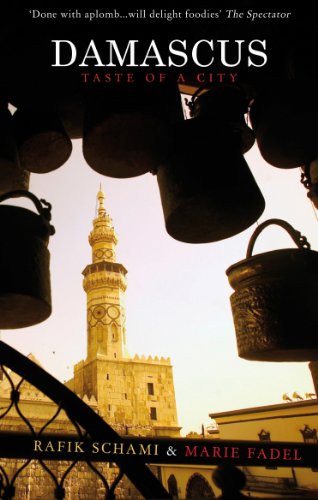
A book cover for Damascus: Taste of a City; Rafik Schami; Travel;